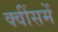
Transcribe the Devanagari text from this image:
क्वींसमें